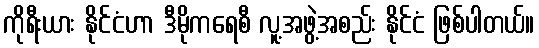
ကိုရီးယား နိုင်ငံဟာ ဒီမိုကရေစီ လူ့အဖွဲ့အစည်း နိုင်ငံ ဖြစ်ပါတယ်။